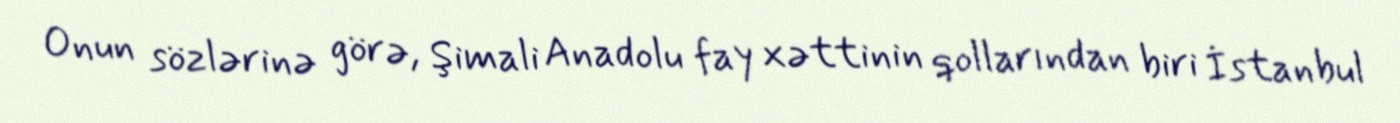
Onun sözlərinə görə, Şimali Anadolu fay xəttinin qollarından biri İstanbul